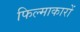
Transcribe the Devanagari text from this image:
फिल्माकारों